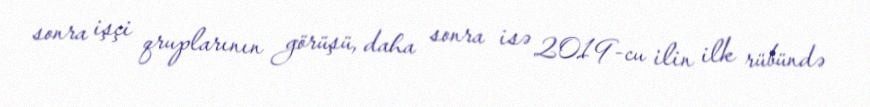
sonra işçi qruplarının görüşü, daha sonra isə 2019-cu ilin ilk rübündə